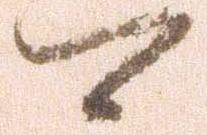
可